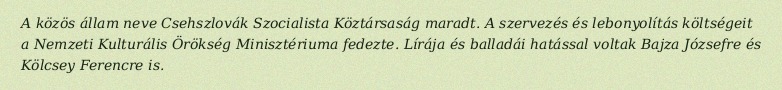
A közös állam neve Csehszlovák Szocialista Köztársaság maradt. A szervezés és lebonyolítás költségeit a Nemzeti Kulturális Örökség Minisztériuma fedezte. Lírája és balladái hatással voltak Bajza Józsefre és Kölcsey Ferencre is.